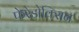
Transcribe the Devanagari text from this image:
फेरेडोक्सिन